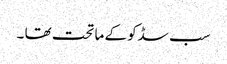
سب سڈکو کے ما تحت تھا ۔